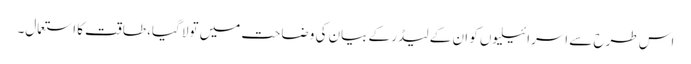
اس طرح سے اسرائیلیوں کو ان کے لیڈر کے بیان کی وضاحت میں تولا گیا، طاقت کا استعمال۔